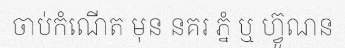
ចាប់កំណើត មុន នគរ ភ្នំ ឬ ហ្វ៊ូណន